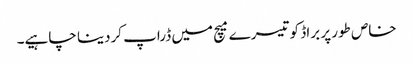
خاص طور پر براڈ کو تیسرے میچ میں ڈراپ کردینا چاہیے۔